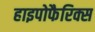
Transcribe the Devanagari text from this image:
हाइपोफैरिक्स